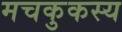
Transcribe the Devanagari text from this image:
मचकुकस्य